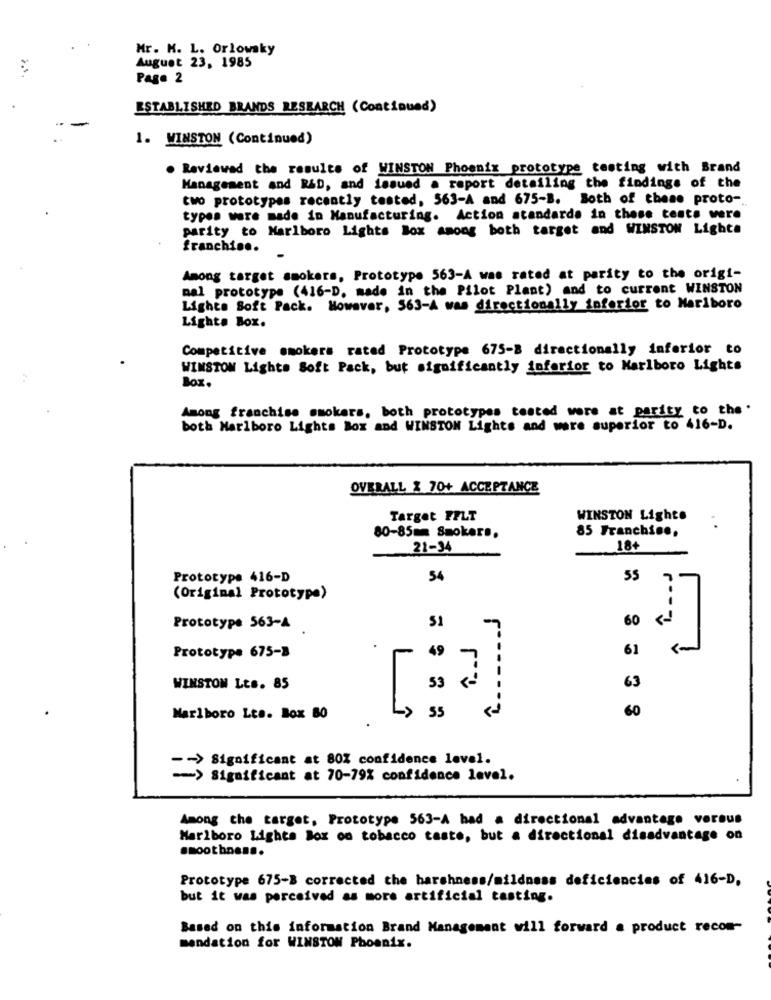
Mr. K. L. Orlowsky
August 23, 1985
Page 2
ESTABLISHED BRANDS RESEARCH (Continued)
1. WINSTON (Continued)
. Reviewed the results of WINSTON Phoenix prototype testing with Brand
Management and R&D, and issued a report detailing the findings of the
two prototypes recently tested, 563-A and 675-B. Both of these proto-
types were made in Manufacturing. Action standards in these tests were
parity to Marlboro Lights Box among both target and WINSTON Lighta
franchise.
Among target smokers, Prototype 563-A was rated at parity to the origi-
mal prototype (416-D. made in the Pilot Plant) and to current WINSTON
Lights Soft Pack. However, 563-A was directionally inferior to Marlboro
Light. Box.
Competitive smokers rated Prototype 675-8 directionally inferior to
WINSTON Lights Soft Pack, but significantly inferior to Marlboro Lights
Box.
Among franchise smokers, both prototypes tested wore at parity to the'
both Marlboro Lights Box and WINSTON Lights and were superior to 416-D.
OVERALL 2 70+ ACCEPTANCE
Target FFLT
WINSTON Lighte
85 Franchise,
. .
80-85mm Smokers.
21-34
18+
Prototype 416-D
54
55
(Original Prototype)
C ...... J
51
60
Prototype 563-A
49
61
Prototype 675-3
L
7
53
63
WINSTON Lts. 85
55
60
Marlboro Lts. Box 80
-> Significant at 80% confidence level.
Significant at 70-79% confidence level.
Among the target, Prototype 563-A bad a directional advantage versus
Marlboro Lights Box on tobacco taste, but a directional disadvantage on
smoothness.
Prototype 675-B corrected the harshness/mildness deficiencies of 416-D.
but it was perceived as more artificial tasting.
Based on this information Brand Management will forward a product recom-
mendation for WINSTON Phoenix.